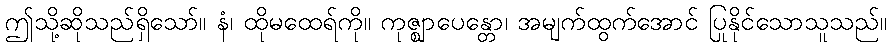
ဤသို့ဆိုသည်ရှိသော်။ နံ၊ ထိုမထေရ်ကို။ ကုဇ္ဈာပေန္တော၊ အမျက်ထွက်အောင် ပြုနိုင်သောသူသည်။